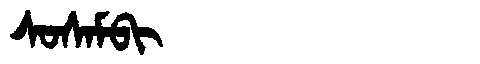
Manchu: ᠰᠣᠰᠠᠮᠪᡳ
Romanization: SOSAMBI